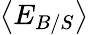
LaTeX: \left<E_{B/S}\right>